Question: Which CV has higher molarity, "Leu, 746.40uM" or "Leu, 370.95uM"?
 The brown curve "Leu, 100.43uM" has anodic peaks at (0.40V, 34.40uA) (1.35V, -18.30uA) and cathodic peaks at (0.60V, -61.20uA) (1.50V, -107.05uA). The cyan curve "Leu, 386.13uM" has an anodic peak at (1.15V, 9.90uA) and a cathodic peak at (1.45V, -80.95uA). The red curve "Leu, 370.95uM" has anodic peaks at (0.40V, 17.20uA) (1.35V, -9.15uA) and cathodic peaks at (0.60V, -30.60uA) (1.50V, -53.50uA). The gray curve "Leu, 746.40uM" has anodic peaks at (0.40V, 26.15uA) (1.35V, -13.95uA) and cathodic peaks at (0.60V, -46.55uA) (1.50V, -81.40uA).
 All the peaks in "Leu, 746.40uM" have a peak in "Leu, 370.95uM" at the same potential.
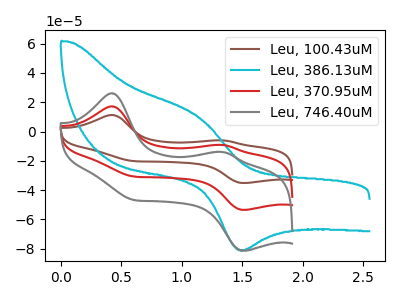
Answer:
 <answer>I cant tell if "Leu, 746.40uM" or "Leu, 370.95uM" has higher concentration.</answer>
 <eval>mixed_concentration</eval>